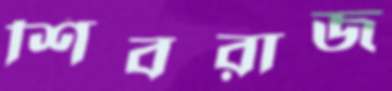
শিবরাজ